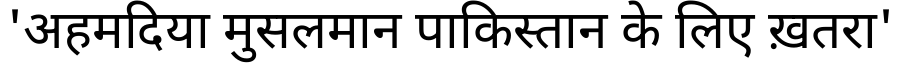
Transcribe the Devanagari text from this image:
'अहमदिया मुसलमान पाकिस्तान के लिए ख़तरा'